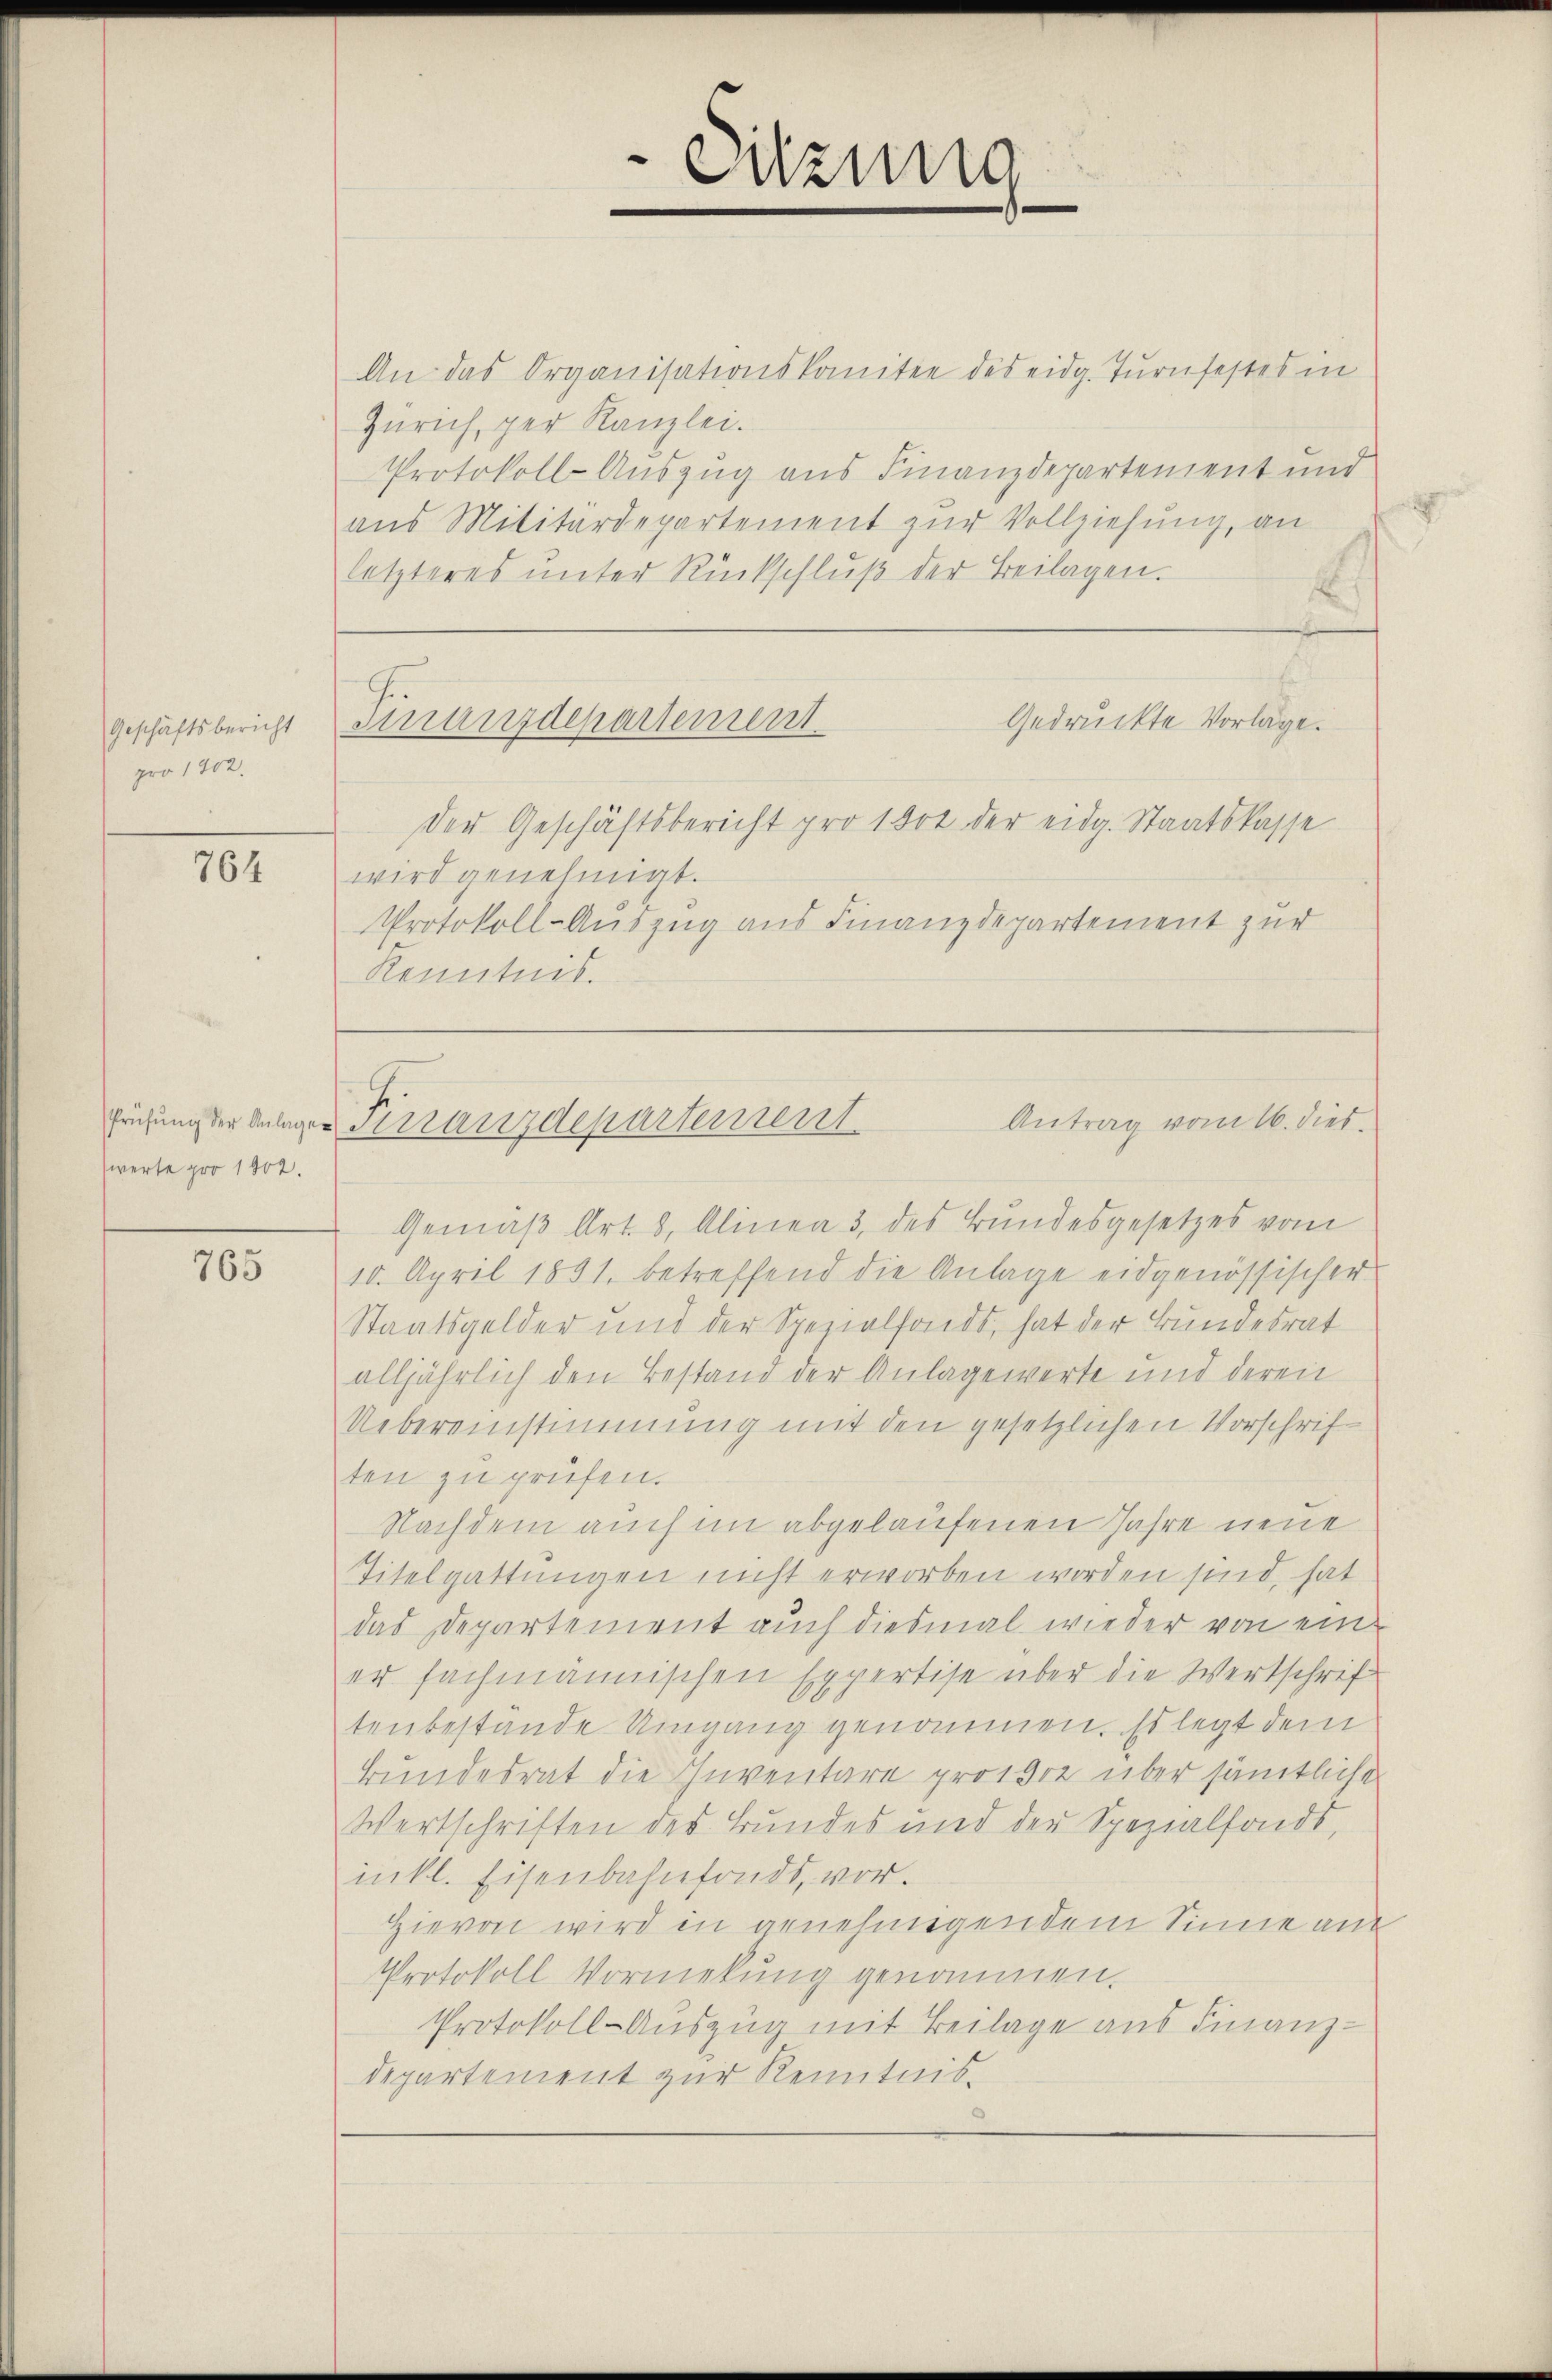
Geschäftsbericht
pro 1902.

764

werte pro 1902.

765

G.
smanzdepartement

Sitzung

An das Organisationskomitee des eidg. Turnfestes in
Zürich, per Kanzlei.
Protokoll-Auszug aus Finanzdepartement und
aus Militärdepartement zur Vollziehung, an
letzteres ŭnter Rückschlŭβ der Beilagen.

Gedruckte Vorlage.
Der Geschäftsbericht pro 1804 der eidg. Staatskasse
wird genehmigt.
Protokoll-Auszug aus Finanzdepartement zur
Kenntnis.

Antrag vom 16. dies
früfung der Anlager Pestanzdepartement

Gemäß Art. 8, Alinea 3, des Bundesgesetzes vom
10. April 1891. betreffend die Anlage eidgenössischer
Staatsgelder und der Spezialfonds, hat der Bundesrat
alljährlich den Bestand der Anlagewerte und deren
Uebereinstimmung mit den gesetzlichen Vorschriften zu prüfen.
Nachdem auch im abgelaufenen Jahre neue
Titelgattungen nicht erworben worden sind, hat
das Departement auch diesmal wieder von ein
er fachmännischen Expertise über die Wertschrif
tenbestande Umgang genommen. Es legt dem
Bundesrat die Inventare prosse über sämtliche
Wertschriften des Bundes und der Spezialfonds,
inkt. Eisenbahnfonds, vor.
Hievon wird in annehmigendem Sinne aus
Protokoll Vormekung genommen.
Protokoll-Auszug mit Beilage aus Finanz-
departement zur Kenntnis¬